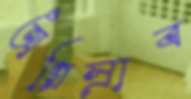
অগ্নিস্রাব